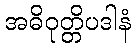
အဓိဝုတ္တိပဒါနံ